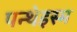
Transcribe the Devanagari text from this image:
पन्थेइस्म